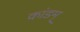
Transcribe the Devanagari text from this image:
कांडम्